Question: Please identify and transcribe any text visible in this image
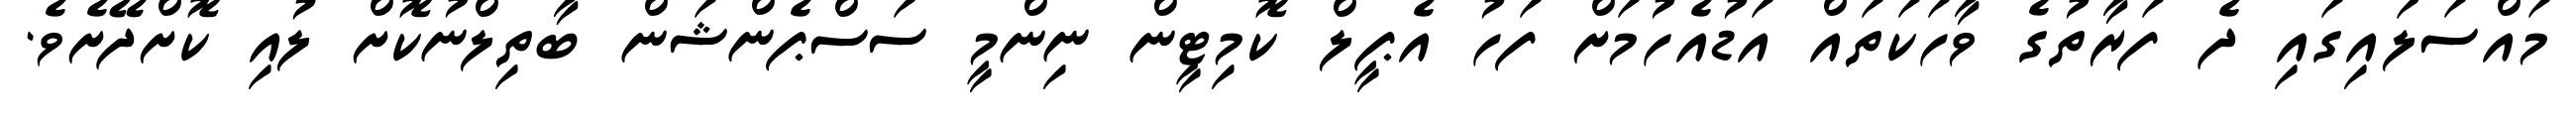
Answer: މައްސަލައިގައި ދެ ފަރާތުގެ ވާހަކަތައް އަޑުއެހުމަށް ފަހު އެޕީލް ކޮމިޓީން ނިންމީ ސަސްޕެންޝަން ބާތިލްނުކޮށް ލުއި ކޮށްދޭށެވެ.